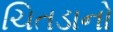
ચિતડાનો